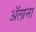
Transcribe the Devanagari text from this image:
ॲलाना